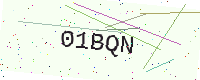
Text: 01BQN